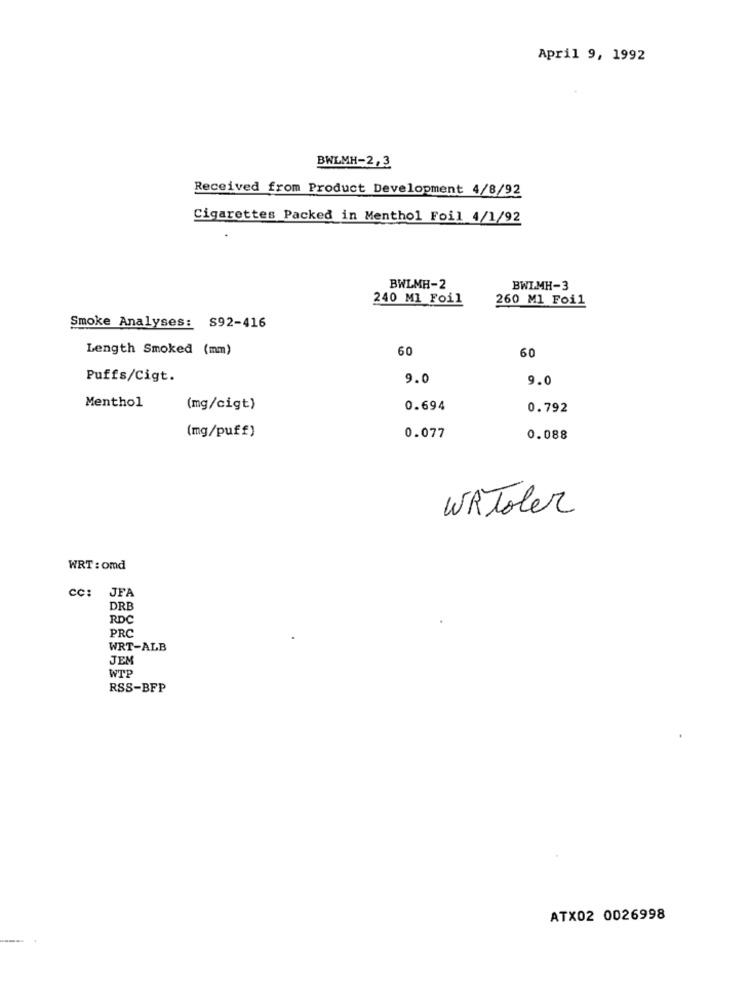
April 9, 1992
BWLMH-2, 3
Received from Product Development 4/8/92
Cigarettes Packed in Menthol Foil 4/1/92
BWLMH-2
BWI.MH-3
240 ML Foil
260 Ml Foil
Smoke Analyses: S92-416
Length Smoked (mm)
60
60
Puffs/Cigt.
9.0
9.0
Menthol
(mg/cigt)
0.694
0.792
(mg/puff)
0.077
0.088
WAToler
WRT : omd
CC: JFA
DRB
RDC
PRC
WRT-ALB
JEM
WTE
RSS-BFP
ATX02 0026998